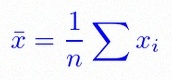
\bar{x}=\frac1n\sum x_i